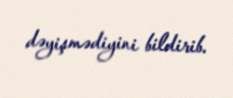
dəyişmədiyini bildirib.